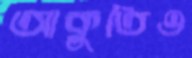
আকুতিও